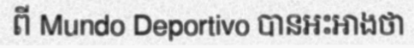
ពី Mundo Deportivo បានអះអាងថា